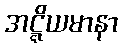
အဋ္ဋိယမာနာ